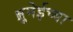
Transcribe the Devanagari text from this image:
ब्रुनेईच्या